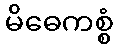
မိဓေကစ္စံ